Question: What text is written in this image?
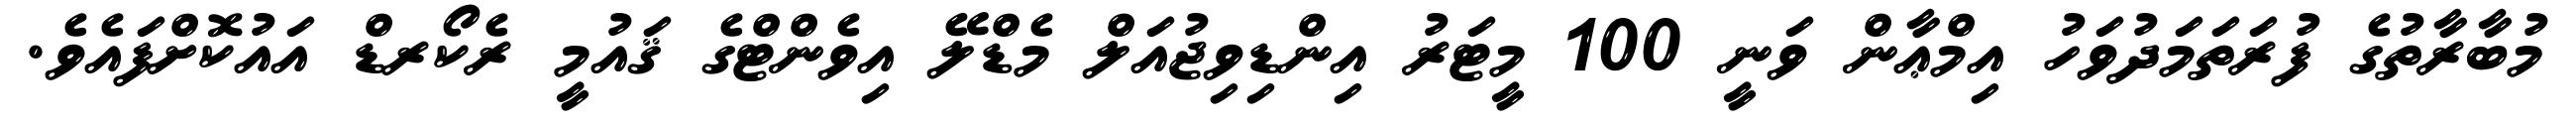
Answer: މުބާރާތުގެ ފުރަތަމަދުވަހު އިމްޢާން ވަނީ 100 މީޓަރު އިންޑިވިޖުއަލް މެޑްލޭ އިވެންޓްގެ ޤައުމީ ރެކޯރޑް އައުކޮށްފައެވެ.